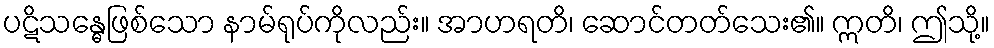
ပဋိသန္ဓေဖြစ်သော နာမ်ရုပ်ကိုလည်း။ အာဟရတိ၊ ဆောင်တတ်သေး၏။ ဣတိ၊ ဤသို့။